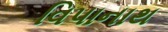
વિપાનાથ